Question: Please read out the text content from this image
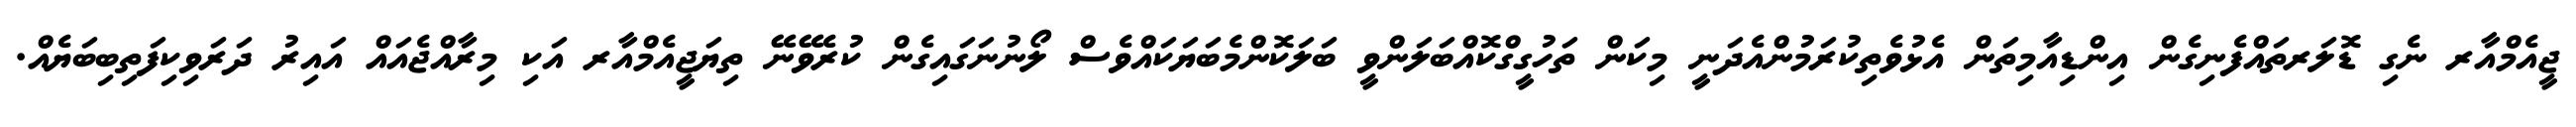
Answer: ޖީއެމްއާރ ނެގި ޑޮލަރތައްފެނިގެން އިންޑިއާމިތަން އެޅުވެތިކުރަމުންއެދަނީ މިކަން ތަހުގީގްކޮއްބަލަންވީ ބަލަކޮންމެބަޔަކައްވެސް ލޯނުނަގައިގެން ކުރެވޭނޭ ތިޔަޖީއެމްއާރ އަކި މިރާއްޖެއައް އައިރު ދަރަވިކިފަތިބިބަޔެއް.